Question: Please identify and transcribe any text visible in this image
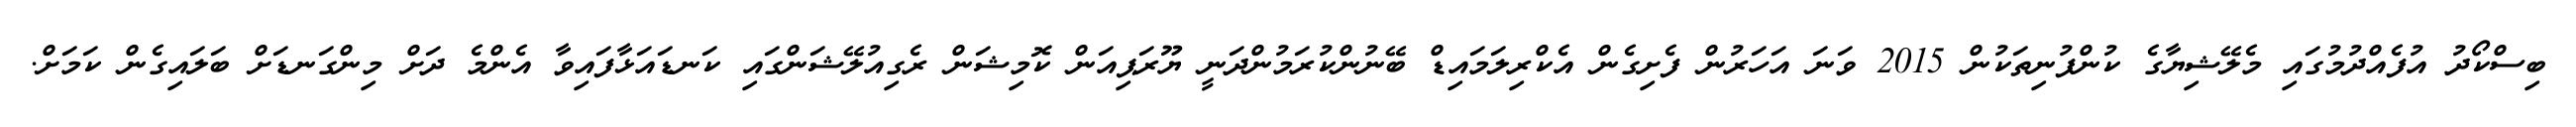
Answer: ބިސްކޯދު އުފެއްދުމުގައި މެލޭޝިޔާގެ ކުންފުނިތަކުން 2015 ވަނަ އަހަރުން ފެށިގެން އެކްރިލަމައިޑް ބޭނުންކުރަމުންދަނީ ޔޫރަޕިއަން ކޮމިޝަން ރެގިއުލޭޝަންގައި ކަނޑައަޅާފައިވާ އެންމެ ދަށް މިންގަނޑަށް ބަލައިގެން ކަމަށް.